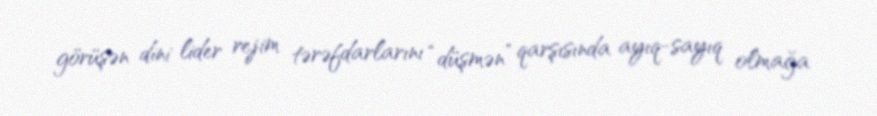
görüşən dini lider rejim tərəfdarlarını “düşmən” qarşısında ayıq-sayıq olmağa